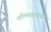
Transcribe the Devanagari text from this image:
मल्लिनाथाची